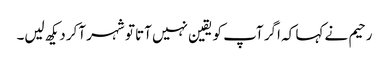
رحیم نے کہا کہ اگر آپ کو یقین نہیں آتا تو شہر آکر دیکھ لیں۔